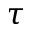
\tau